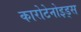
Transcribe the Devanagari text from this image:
कारोटेनोइड्स